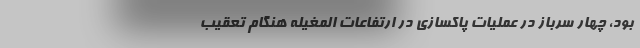
بود، چهار سرباز در عملیات پاکسازی در ارتفاعات المغیله هنگام تعقیب